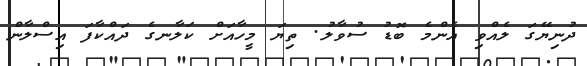
ދުނިޔޭގަ ލެއްވި އެންމެ ބޮޑު ސުވާލު. ތިޔަ މީހާއަށް ކަލާނގެ ދައްކާފަ އިސްލާން